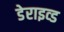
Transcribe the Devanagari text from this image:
डेराइव्ड